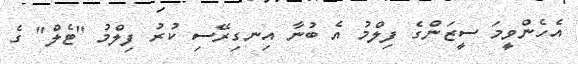
އެހެންވީމަ ސީޒަންގެ ފިލްމު އެ ބުނާ އިނގިރޭސި ކުރު ފިލްމު "ޓެލް" ގެ